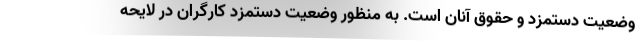
وضعیت دستمزد و حقوق آنان است. به منظور وضعیت دستمزد کارگران در لایحه